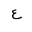
Letter: _ayn